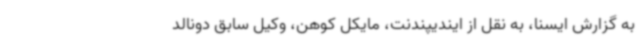
به گزارش ایسنا، به نقل از ایندیپندنت، مایکل کوهن، وکیل سابق دونالد